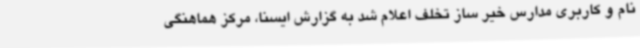
نام و کاربری مدارس خیر ساز تخلف اعلام شد به گزارش ایسنا، مرکز هماهنگی